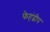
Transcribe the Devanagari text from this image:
फेहंद्वीप